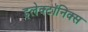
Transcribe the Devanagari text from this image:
इलेक्टॉनिक्स